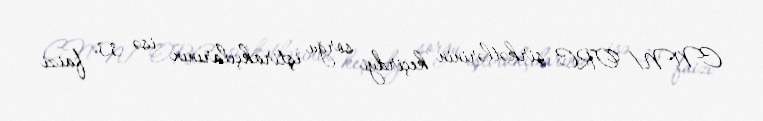
CNN/ ORC şirkətlərinin keçirdyi sorğu iştirakçılarının isə 33 faizi